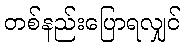
တစ်နည်းပြောရလျှင်